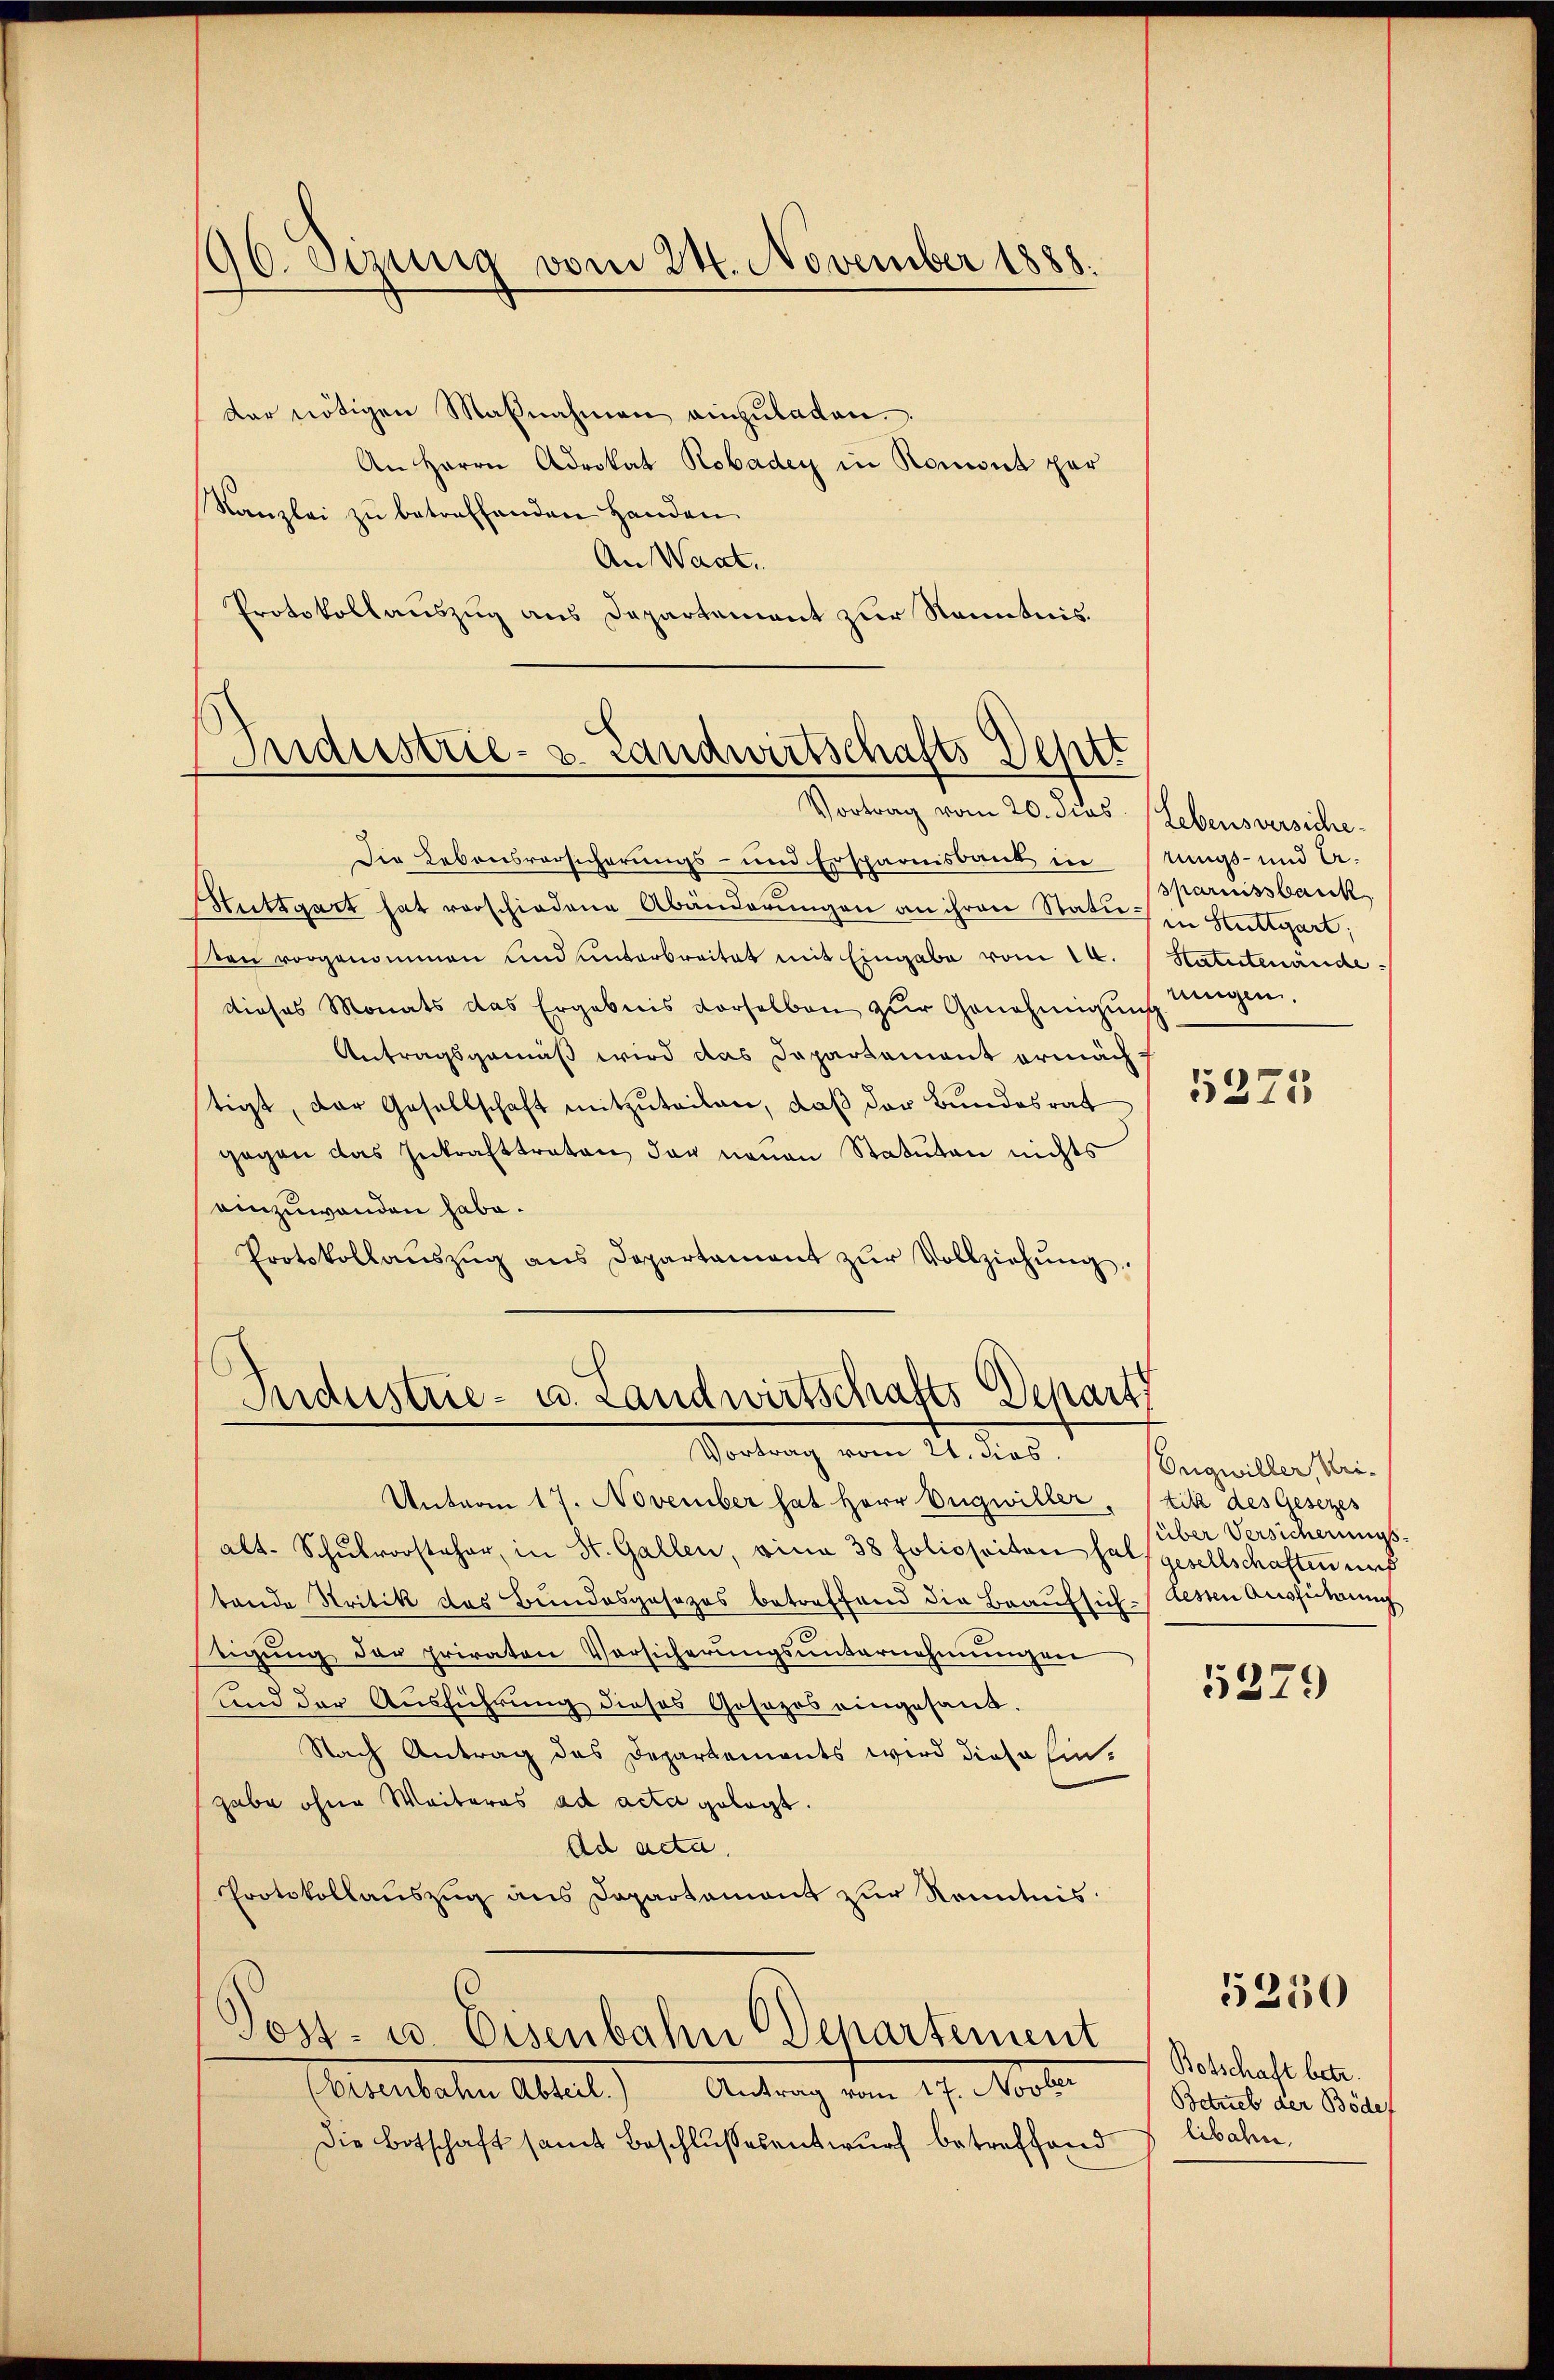
196. Sizung vom 24. November 1888.

Industrie- u. Landwirtschafts Deptt
Vortrag vom 20. dies Lebensversiche¬

.
Industrie- u. Landwirtschafts-Depart
Vortrag vom 21. dies

der nötigen Maβnahmen einzŭladen.
An Herrn Advokat Robaden in Romont par
Kanzlei zu betreffenden Handen
An Waadt.
Protokollauszug aus Departement zur Kenntnis.

Die Lebensvorsicherungs- und Ersparnisbank in stungs- und A-
Stuttgart hat verschiedene Abänderungen an ihren Status in Stuttgart,
sten vorgenommen und unterbreitet mit Eingabe vom 14. Statutenände
dieses Monats das Ergebnis vorselben zŭr Genehmigung angen.
Antragsgemäß wird das Dapartament ermächt
stigt, der Gesellschaft mitzuteilen, daß der Bundesrat
gegen das Inkrafttreten der neuen Statuten nichts
einzuwenden habe.
Protokollaŭszŭg ans Departament zŭr Vollziehŭng

Unterm 17. November hat Herr Vngwiller, tik des Gesezes
alt. Schŭlrorsteher, in St. Gallen, eina 38 folioseiten half gesellschaften auf
tande Stritik des Bundesgesezes betreffend die Beaufsich-Kessen Ausführung
tigŭng der privaten Vorsicherŭngsŭnternehmungen
und der Ausführung dieses Gesezes eingesand.
Nach Antrag des Departements wird diese Ein-
gabe ohne Weiteres ad acta gelegt.
Ad acta.
Protokollauszug aus Departement zur Kenntnis:
Post- u. Eisenbahn Departement
(Eisenbahn Abteil) Antrag vom 17. Novber
Die Botschaft samt Beschlussesentwurf betreffend

sparnissbauk

5275

Ongwiller, Uri¬
(über Versicherungs

5279

5250

Botschaft betr.
Betrieb der Böde
libahn,